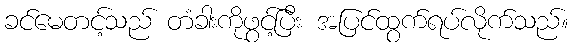
ခင်မေတင့်သည် တံခါးကိုဖွင့်ပြီး အပြင်ထွက်ရပ်လိုက်သည်။